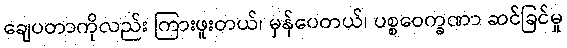
ချေပတာကိုလည်း ကြားဖူးတယ်၊ မှန်ပေတယ်၊ ပစ္စဝေက္ခဏာ ဆင်ခြင်မှု